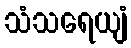
သံသရေယျံ